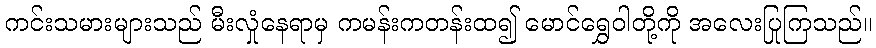
ကင်းသမားများသည် မီးလှုံနေရာမှ ကမန်းကတန်းထ၍ မောင်ရွှေဝါတို့ကို အလေးပြုကြသည်။